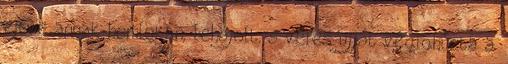
ejtve annak homlokán, lehajolt, s véres ujját végighúzta a